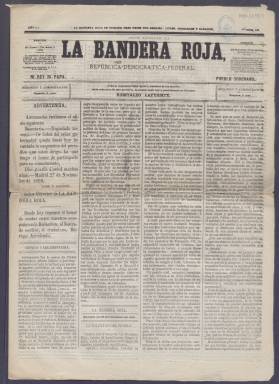
Título: La Bandera roja (Madrid)
Colección: Periódicos
Ámbito geográfico: Madrid
Lugar de publicación: Madrid
Fechas: 29/11/1869-01/12/1869